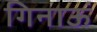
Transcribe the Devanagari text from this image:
गिनाऊं